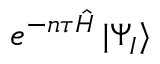
e ^ { - n \tau \hat { H } } \, | \Psi _ { I } \rangle